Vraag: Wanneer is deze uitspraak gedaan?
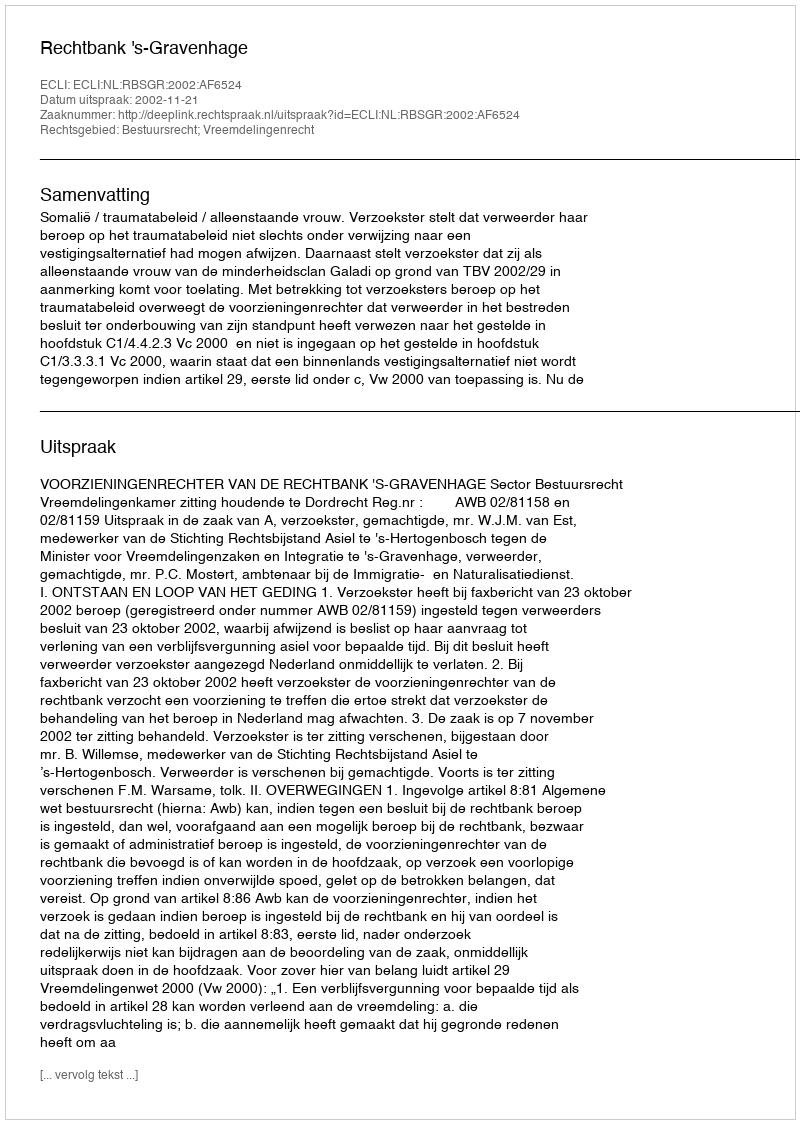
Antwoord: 2002-11-21